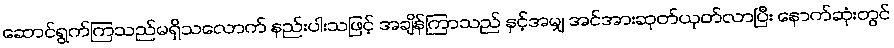
ဆောင်ရွက်ကြသည်မရှိသလောက် နည်းပါးသဖြင့် အချိန်ကြာသည် နှင့်အမျှ အင်အားဆုတ်ယုတ်လာပြီး နောက်ဆုံးတွင်